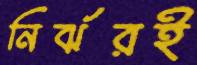
নির্ঝরই